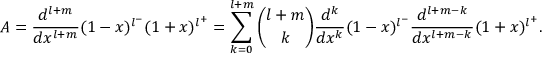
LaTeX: A = \frac { d ^ { l + m } } { d x ^ { l + m } } ( 1 - x ) ^ { l ^ { - } } ( 1 + x ) ^ { l ^ { + } } = \sum _ { k = 0 } ^ { l + m } { \binom { l + m } { k } } \frac { d ^ { k } } { d x ^ { k } } ( 1 - x ) ^ { l ^ { - } } \frac { d ^ { l + m - k } } { d x ^ { l + m - k } } ( 1 + x ) ^ { l ^ { + } } .